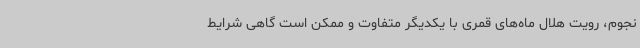
نجوم، رویت هلال ماه‌های قمری با یکدیگر متفاوت و ممکن است گاهی شرایط